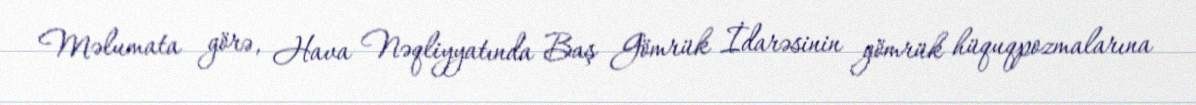
Məlumata görə, Hava Nəqliyyatında Baş Gömrük İdarəsinin gömrük hüquqpozmalarına